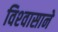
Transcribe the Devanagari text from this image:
विश्‍वासाने